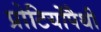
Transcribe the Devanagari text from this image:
प्रोटियोंपैथी